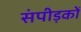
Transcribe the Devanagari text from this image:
संपीड़कों